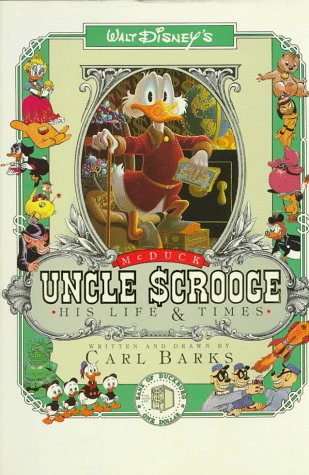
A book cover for Uncle Scrooge McDuck: His Life and Times; Carl Barks; Children's Books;